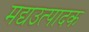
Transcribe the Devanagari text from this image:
मद्यउत्पादक